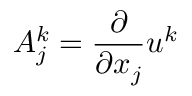
A _ { j } ^ { k } = \frac { \partial } { \partial x _ { j } } u ^ { k }